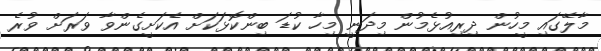
މާލޭގައި މީހުން ދިރިއުޅެމުން މިދަނީ މިހާ ކުޑަ ބިންކޮޅަކަށް އެކަށީގެންވާ ވަރަށް ވުރެ